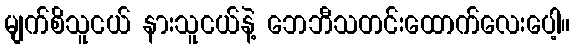
မျက်စိသူငယ် နားသူငယ်နဲ့ ဘေဘီသတင်းထောက်လေးပေါ့။